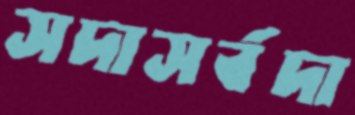
সদাসর্বদা